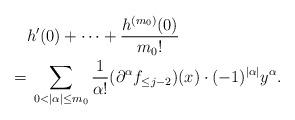
LaTeX: \begin{align*} & h^{\prime}(0) + \cdots+ \frac{h^{(m_0)}(0)} {m_0!} \\ = &\; \sum_{0<|\alpha|\le m_0} \frac 1 {\alpha!} (\partial^{\alpha} f_{\le j-2}) (x) \cdot (-1)^{|\alpha|} y^{\alpha}. \end{align*}